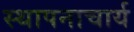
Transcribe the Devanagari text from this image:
स्थापनाचार्य